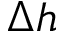
\Delta h